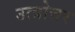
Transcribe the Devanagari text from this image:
उत्त्रोत्तर